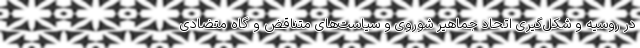
در روسیه و شکل‌گیری اتحاد جماهیر شوروی و سیاست‌های متناقض و گاه متضادی